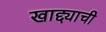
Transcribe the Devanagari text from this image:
खाद्द्याची